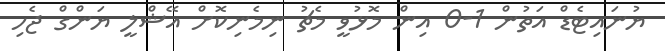
ޔުނައިޓެޑް އަތުން 1-0 އިން މޮޅުވީ މެޗު ނިމެނިކޮށް އޭޝްލީ ޔަންގް ޖެހި